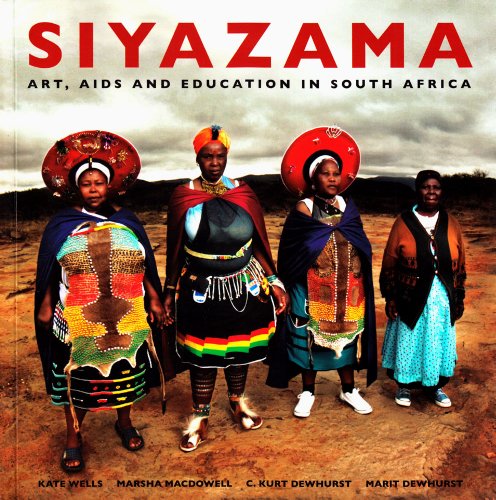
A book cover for Siyazama: Art, AIDS and Education in South Africa; Health, Fitness & Dieting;